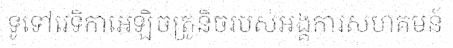
ទូទៅវេទិកាអេឡិចត្រូនិចរបស់អង្គការសហគមន៍